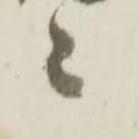
ニ